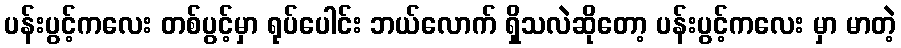
ပန်းပွင့်ကလေး တစ်ပွင့်မှာ ရုပ်ပေါင်း ဘယ်လောက် ရှိသလဲဆိုတော့ ပန်းပွင့်ကလေး မှာ မာတဲ့